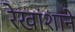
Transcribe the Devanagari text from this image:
रेखांशाने